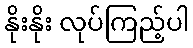
နိုးနိုး လုပ်ကြည့်ပါ